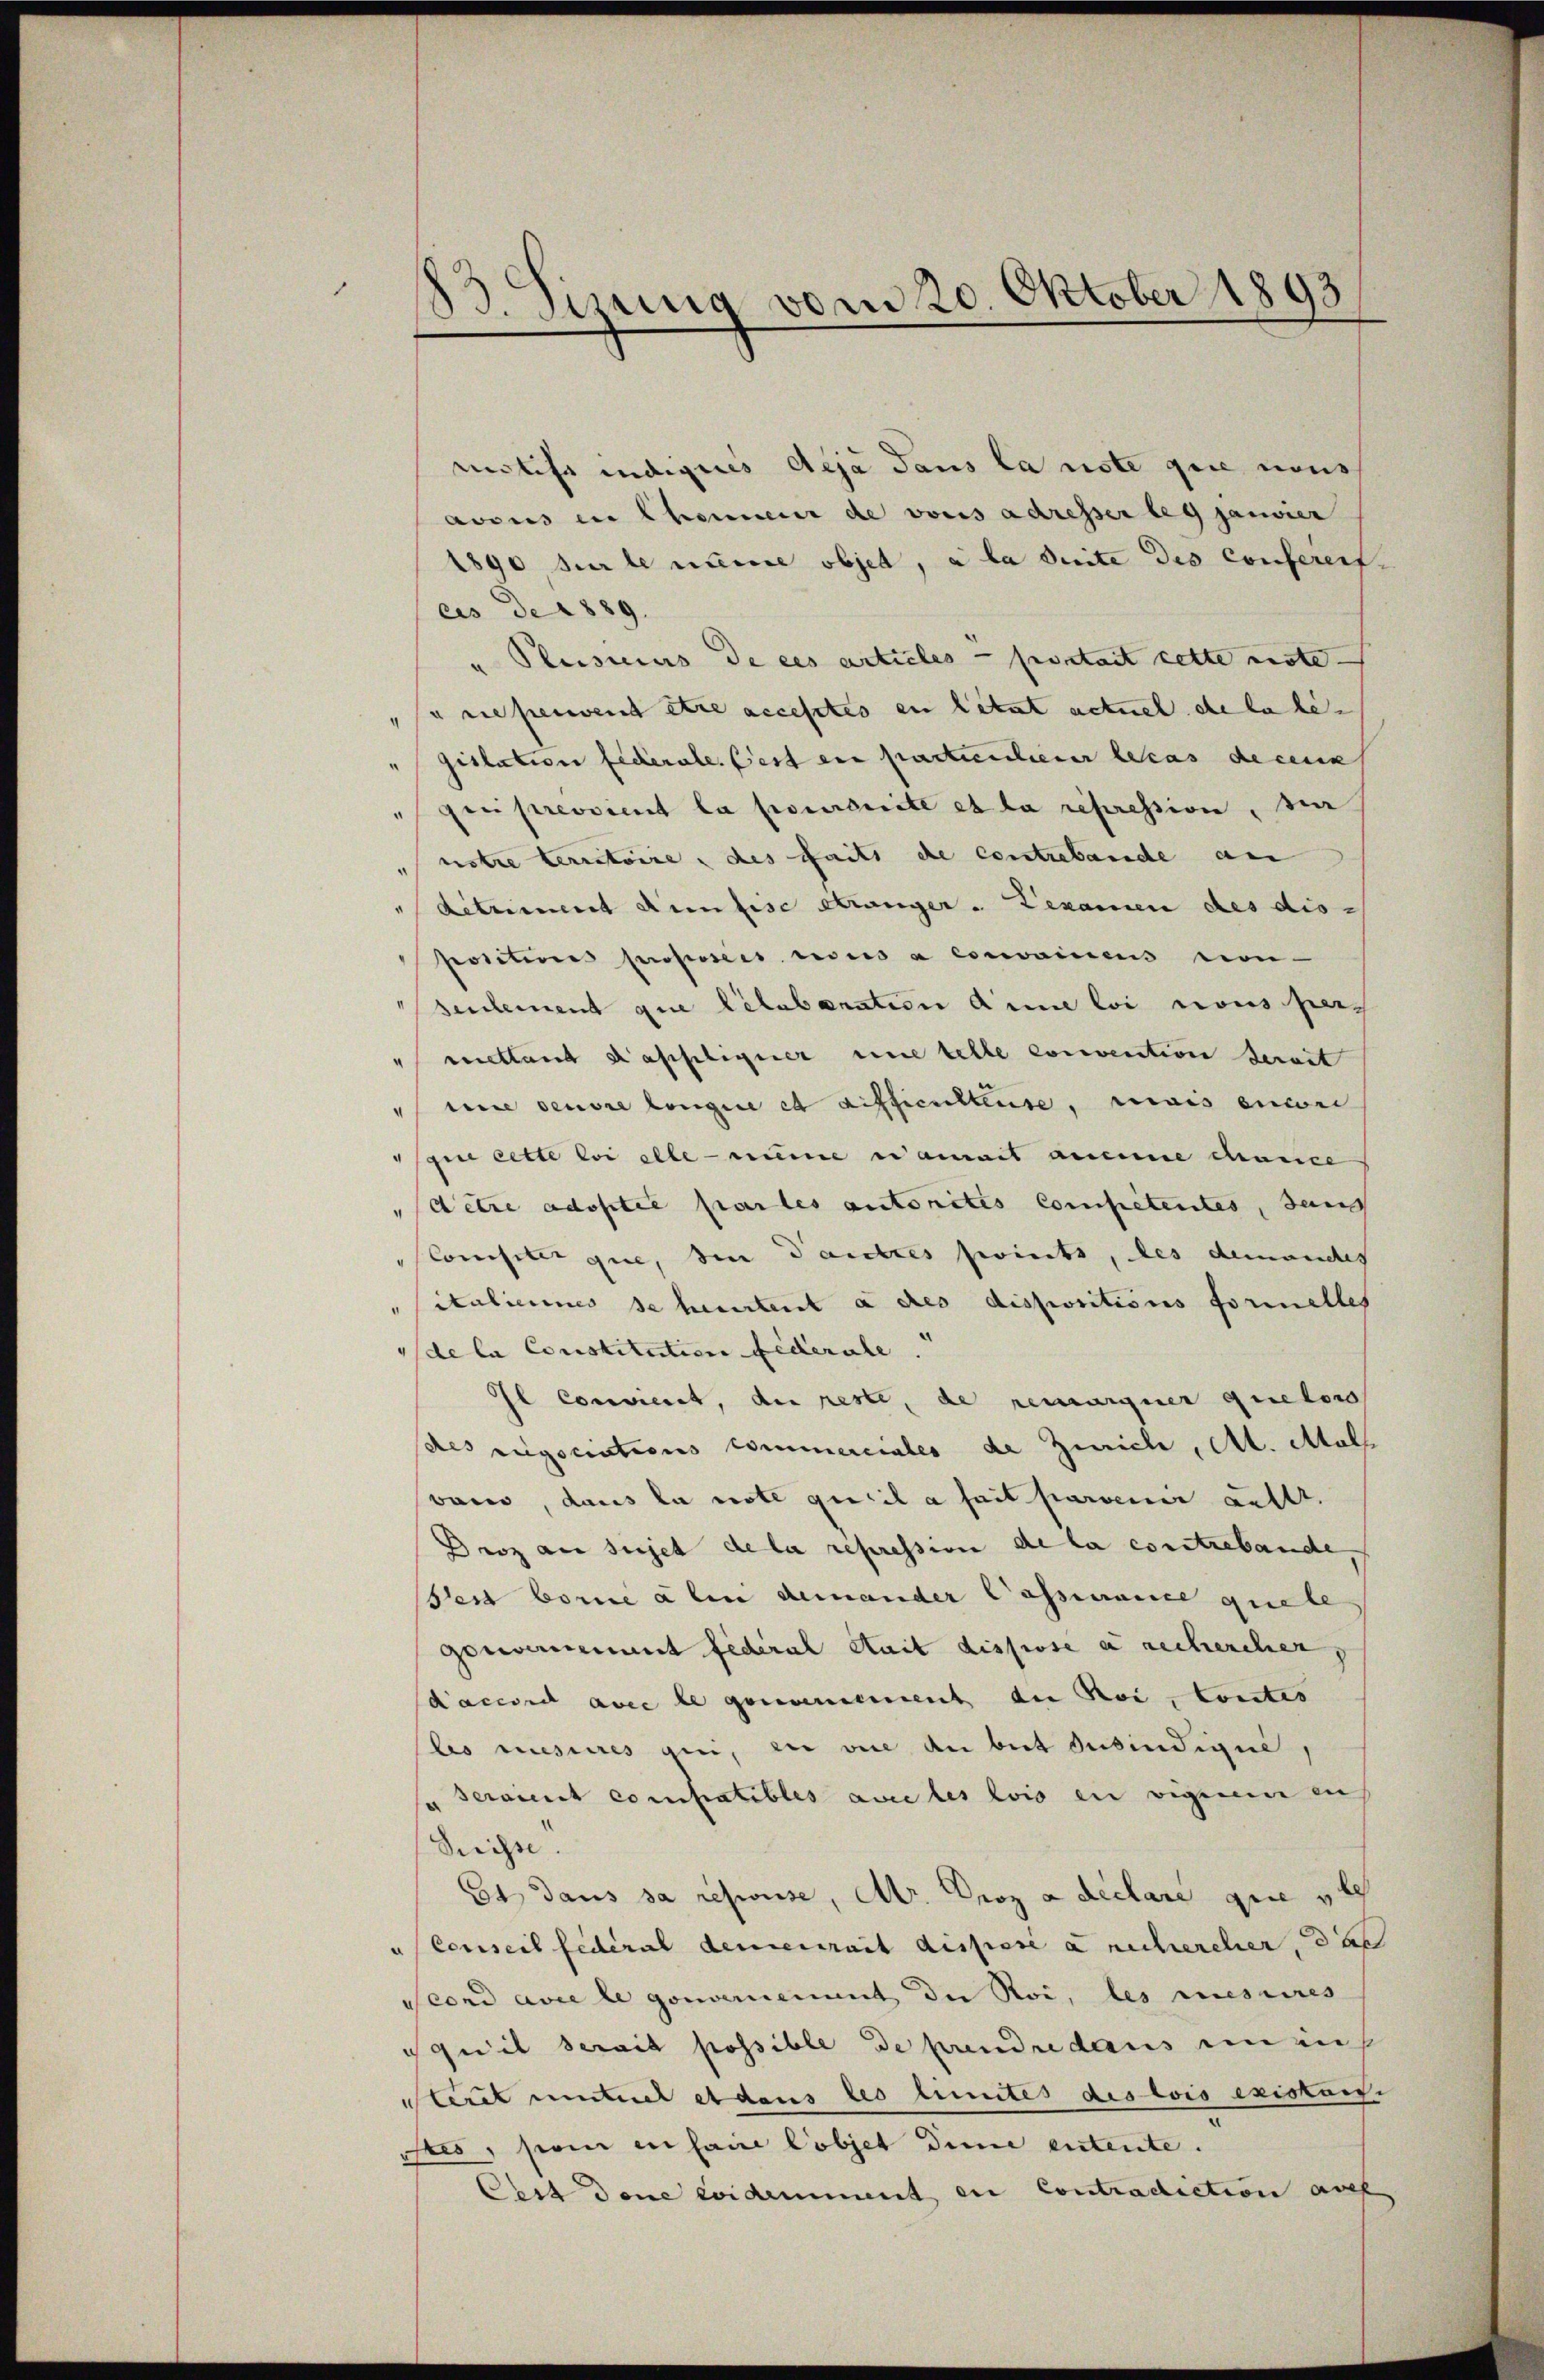
83. Sizung vom 20. Oktober 1893

mitifs indigues deja dans la note que nous
avous in Chemneur de vonis adresser leg janvier
1890, sur le nie objet, à la suite des Conferenf
cus de 1889.
" Plusieurs de ces articles portait cette rote-
u ne peuvent etwa accestes en letzt actuel de la be-
gislation federale est ein partschiener le cas decenn
qui previent la poursuite et la repression, der
notre territoire, des faits de contrabande an
detriment denfise Stranger - Lexamen des dis
positions proposees eiders a convainens von
seulement que letabanation aine loi nous pers
viettand dasseligier eine telle convention bereit
me densre longire et afficulteuse, mais encore
gue cette bei alle nume eamais aneine cance
detze adoptie partes autorites Competentes, den
Consilie que, den Dancktes perints, des demanches
italiennes se heurtent à des dispositions formelles
de la Constitution Federale.
Il Convieret, der reste, de remarquer queloro
des regociations commerciales de Zürich, Al. Mal
wan, dans la not qu’il a fait parvener Litt.
Diz am sujet de la repression de la constrebande,
sest borne alen demander Cassance quele
gouvernement federal stait dispose e rechercher,
daccord avec le genommement du Noi, contes
les mesures gie, ein vice du bist du sindigue,
" seraient compatibles avec les lois en vignen en
Suisse
Et dans sa refusse, Abr. Droz a déclare gute ve
"Conseil fédéral demeurait disposé à rechercher, das
cond avre le gouvernement der Roi, les mesures
squit serait possible de prendre dans einen
Sleret unteres dans les limites des lois existais.
istes, soi ensane lobjet dinne entente.
Oert dene Evidemment en Contradiction auf